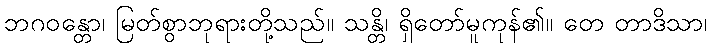
ဘဂဝန္တော၊ မြတ်စွာဘုရားတို့သည်။ သန္တိ၊ ရှိတော်မူကုန်၏။ တေ တာဒိသာ၊